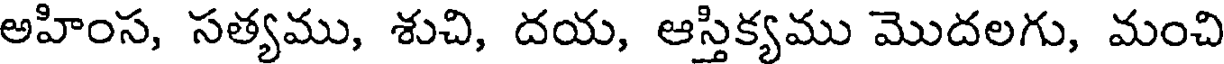
అహింస, సత్యము, శుచి, దయ, ఆస్తిక్యము మొదలగు, మంచి